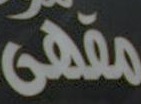
مقهى